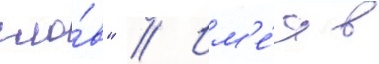
сло́в" // Им'е́я в